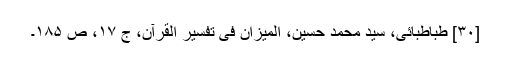
[۳۰] طباطبائی، سید محمد حسین، المیزان فی تفسیر القرآن، ج ۱۷، ص ۱۸۵۔